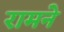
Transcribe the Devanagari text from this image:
रामने